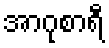
အာဂုစာရီ